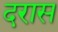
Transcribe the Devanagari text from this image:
दरास